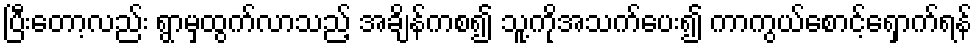
ပြီးတော့လည်း ရွာမှထွက်လာသည့် အချိန်ကစ၍ သူ့ကိုအသက်ပေး၍ ကာကွယ်စောင့်ရှောက်ရန်